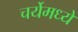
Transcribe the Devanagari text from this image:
चर्येमध्ये